Lunatic asylums in Bengal annual reports 1899-1911 - 1899-1911
Year: 1899
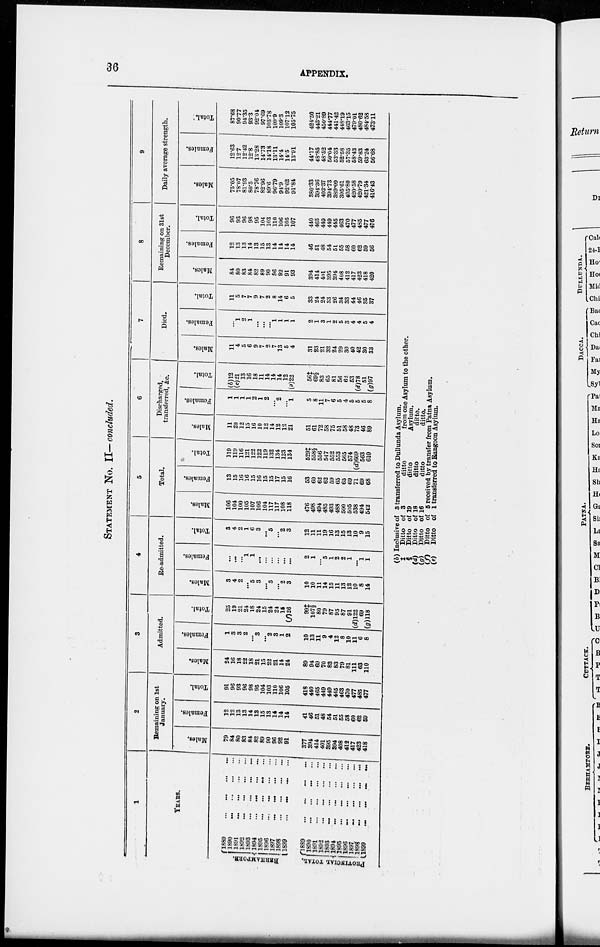
36
APPENDIX.
STATEMENT NO. II— concluded.
1
YEARS.
BERHAMPORE.
PROVINCIAL TOTAL.
1889
...
...
...
...
1890
...
...
...
...
1891 ... ... ... ...
1892
...
...
...
...
1893
...
...
...
...
1894
...
...
...
...
1895 ... ... ... ...
1896
...
...
...
...
1897
...
...
...
...
1898
...
...
...
...
1899
...
...
...
...
1889
...
...
...
...
1890 ... ... ... ...
1891
...
...
...
...
1892
...
...
...
...
1893
...
...
...
...
1894
...
...
...
...
1895
...
...
...
...
1896
...
...
...
...
1897
...
...
...
...
1898
...
...
...
...
1899
...
...
...
...
2
Remaining on 1st
January.
Males.
79
84
80
83
84
82
89
90
96
92
91
377
394
414
401
395
394
408
412
417
423
418
Females.
12
12
13
13
14
13
15
13
14
14
14
41
46
51
48
54
51
55
58
60
62
59
Total.
91
96
93
96
98
95
104
103
110
106
105
418
440
465
449
449
445
463
470
477
485
477
3
Admitted.
Males.
24
16
18
22
18
21
15
22
21
14
24
89
94
69
70
83
83
79
81
111
63
110
Females.
1
3
3
2
...
3
...
2
3
1
2
10
13
11
9
4
12
8
10
11
6
8
Total.
25
19
21
24
18
24
15
24
24
15
(f)26
99‡
107§
80
79
87
95
87
91
(d)122
69
(g)118
4
Re-admitted.
Males.
3
4
2
...
5
3
...
5
...
2
3
10
10
11
14
15
11
13
12
10
8
14
Females.
...
...
...
1
1
...
...
...
...
...
...
2
1
...
5
1
2
2
1
...
1
1
Total.
3
4
2
1
6
3
...
5
...
2
3
12
11
11
19
16
13
15
13
10
9
15
5
Total.
Males.
106
104
100
105
107
106
104
117
117
108
118
476
498
494
485
493
488
500
505
538
494
542
Females.
13
15
16
16
15
16
15
15
17
15
16
53
60
62
62
59
65
65
69
71
69
68
Total.
119
119
116
121
122
122
119
132
134
123
134
529‡
558§
556
547
552
553
565
574
(d)609
563
610
6
Discharged,
transferred, &c.
Males.
11
20
12
15
16
10
12
14
12
12
21
51
61
72
58
75
51
58
48
73
46
89
Females.
1
1
1
1
2
1
2
...
2
...
1
5
8
11
7
6
5
4
5
5
5
8
Total.
(b)12
(c)21
13
16
18
11
14
14
14
12
(e)22
56‡
69§
83
65
81
56
62
53
(d)78
51
(g)97
7
Died.
Males.
11
4
5
6
9
7
2
7
13
5
4
31
23
21
32
24
29
30
40
42
30
33
Females.
...
1
2
1
...
...
...
1
1
1
1
2
1
3
1
2
5
3
4
4
5
4
Total.
11
5
7
7
9
7
2
8
14
6
5
33
24
24
33
26
34
33
44
46
35
37
8
Remaining on 31st
December.
Males.
84
80
83
84
82
89
90
96
92
91
93
394
414
401
395
394
408
412
417
423
418
420
Females.
12
13
13
14
13
15
13
14
14
14
14
46
51
48
54
51
55
58
60
62
59
56
Total.
96
93
96
98
95
104
103
110
106
105
107
440
465
449
449
445
463
470
477
485
477
476
9
Daily average strength.
Males.
75.05
78.07
81.93
80.5
78.76
82.96
89.6
96.79
94.9
92.62
91.84
380.33
394.36
402.37
394.73
389.09
395.61
405.80
420.58
420.79
421.34
416.43
Females.
12.63
12.7
12.42
12.8
13.28
14.73
14.18
13.11
14.4
14.5
13.91
44.17
48.85
48.52
50.04
52.33
52.58
57.35
58.43
59.83
63.24
56.68
Total.
87.68
90.77
94.35
93.3
92.04
97.69
103.78
109.9
109.3
107.12
105.75
424.50
443.21
450.89
444.77
441.42
448.19
463.15
479.01
480.62
484.58
473.11
(b) Inclusive of 3 transferred to Dullunda Asylum.
† §
(d)
(g)
(f)
(e)
Ditto of
Ditto of
Ditto of
Ditto of
Ditto of
Ditto of
3
ditto
19
ditto
18
ditto
16
ditto
from one Asylum to the other.
Asylum.
ditto.
ditto.
5 received by transfer from Patna Asylum.
1 transferred to Rangoon Asylum.